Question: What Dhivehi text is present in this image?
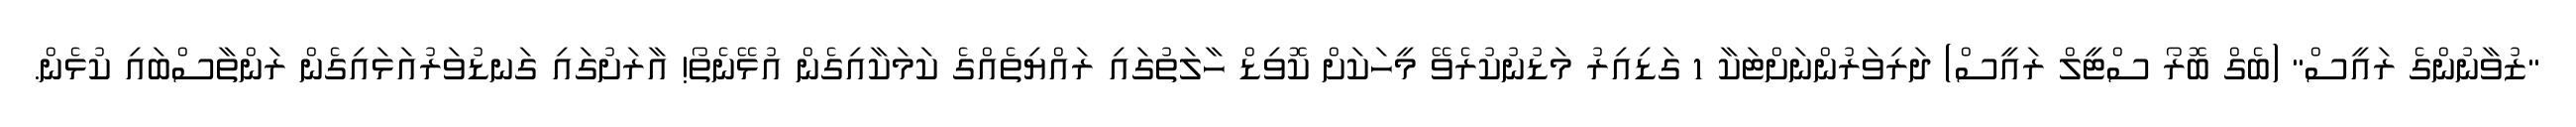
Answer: "ޒުވާނުންގެ ރައީސް" (ބެގް ބޮރޯ ސްޓީލް ރައީސް) ދަރިވަރުންނަށްޓަކާ 1 ގަޑިއިރު މަޑުނުކުރެވޭ މީހަކަށް ކޮވިޑް ހާލަތުގައި ރައްޔިތެއްގެ ކަމަކާއިގެން އުޅޭނެތޯ! އާރަށުގައި ގަނޑުވަރުއަޅައިގެން ރަންތާސްބައި ކުޅެން.